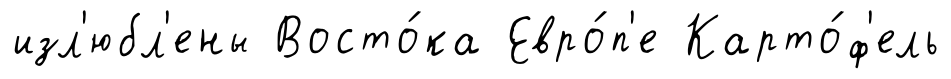
изл'юбл'ены Восто́ка Евро́п'е Карто́ф'ель